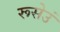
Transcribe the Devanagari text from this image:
रूसेउं